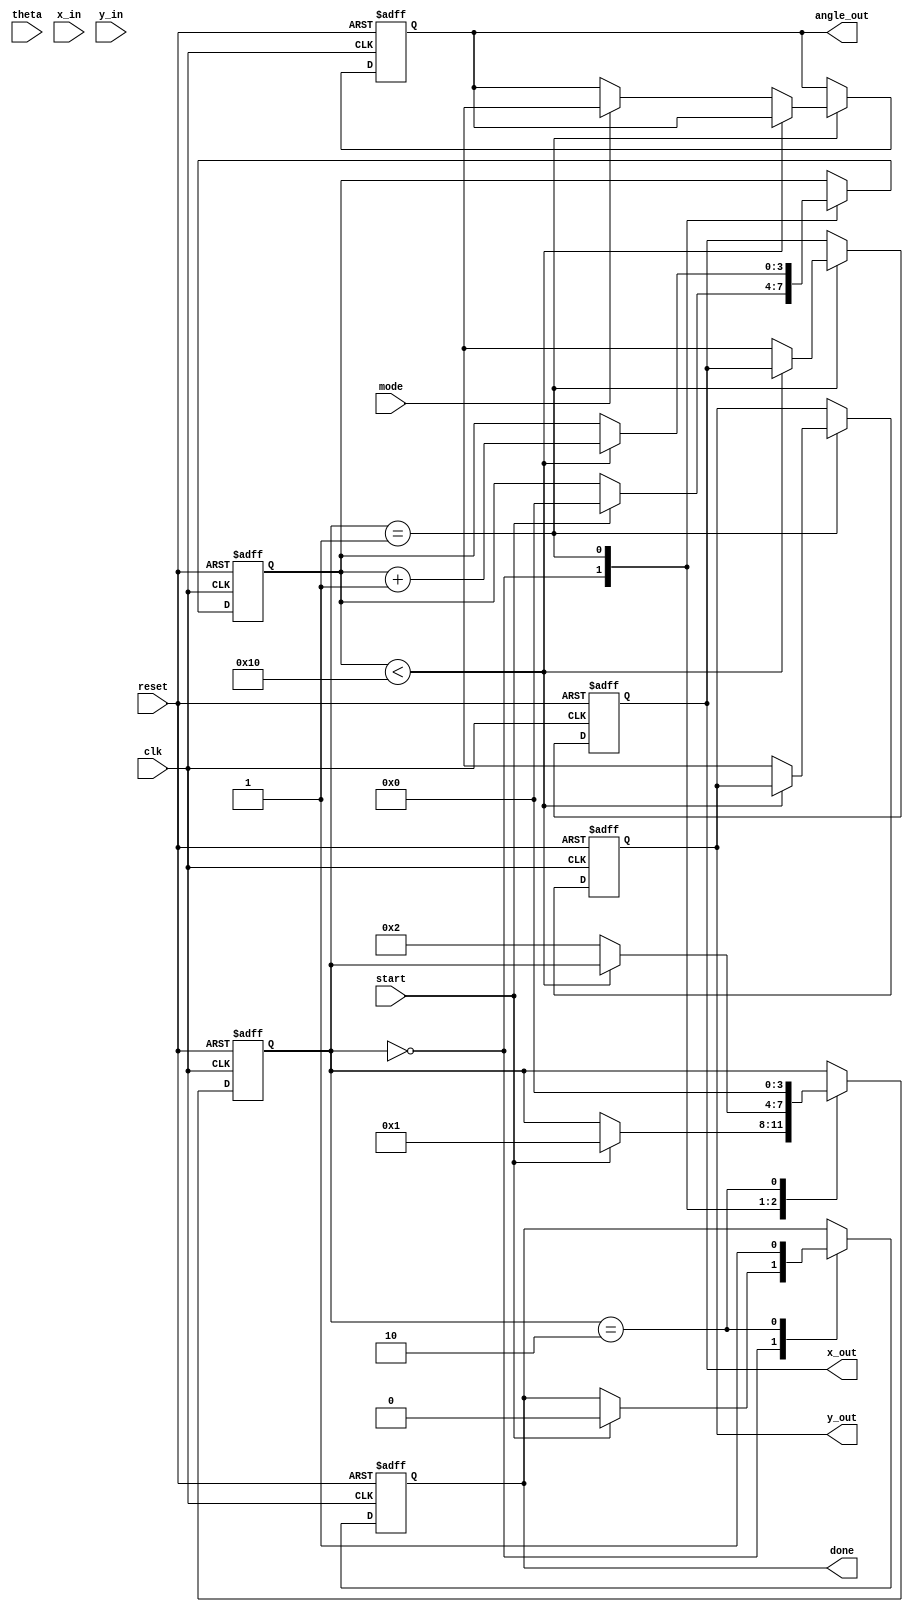
module modified_cordic (
    input wire clk,
    input wire reset,
    input wire start,
    input wire [15:0] theta, // Input angle in fixed-point format
    input wire [15:0] x_in,  // Initial X vector
    input wire [15:0] y_in,  // Initial Y vector
    input wire mode,         // 0 for rotation, 1 for vectoring
    output reg [15:0] x_out, // Output X value
    output reg [15:0] y_out, // Output Y value
    output reg [15:0] angle_out, // Output angle (for vectoring mode)
    output reg done          // Indicates completion
);

    // CORDIC parameters
    parameter NUM_ITERATIONS = 16;
    reg [15:0] x [0:NUM_ITERATIONS-1];
    reg [15:0] y [0:NUM_ITERATIONS-1];
    reg [15:0] z [0:NUM_ITERATIONS-1];
    reg [15:0] angle_table [0:NUM_ITERATIONS-1]; // Pre-computed arctangent values
    reg [3:0] state;
    reg [3:0] iteration;

    // Initialize angle lookup table (arctan(2^-i) values)
    initial begin
        angle_table[0] = 16'h0000; // atan(1) = 0
        angle_table[1] = 16'h3C90; // atan(0.5) = 26.565 degrees
        angle_table[2] = 16'h3A2D; // atan(0.25) = 14.036 degrees
        angle_table[3] = 16'h38E3; // atan(0.125) = 7.125 degrees
        // Add more values as needed...
    end

    // State machine for CORDIC operation
    always @(posedge clk or posedge reset) begin
        if (reset) begin
            state <= 0;
            iteration <= 0;
            done <= 0;
            x_out <= 0;
            y_out <= 0;
            angle_out <= 0;
        end else begin
            case (state)
                0: begin // Idle state
                    if (start) begin
                        x[0] <= x_in;
                        y[0] <= y_in;
                        z[0] <= theta;
                        iteration <= 0;
                        state <= 1;
                        done <= 0;
                    end
                end
                1: begin // Iteration state
                    if (iteration < NUM_ITERATIONS) begin
                        if (z[iteration] < 0) begin
                            x[iteration + 1] <= x[iteration] + (y[iteration] >> iteration);
                            y[iteration + 1] <= y[iteration] - (x[iteration] >> iteration);
                            z[iteration + 1] <= z[iteration] + angle_table[iteration];
                        end else begin
                            x[iteration + 1] <= x[iteration] - (y[iteration] >> iteration);
                            y[iteration + 1] <= y[iteration] + (x[iteration] >> iteration);
                            z[iteration + 1] <= z[iteration] - angle_table[iteration];
                        end
                        iteration <= iteration + 1;
                    end else begin
                        x_out <= x[NUM_ITERATIONS];
                        y_out <= y[NUM_ITERATIONS];
                        if (mode) begin
                            angle_out <= z[NUM_ITERATIONS];
                        end
                        state <= 2; // Move to done state
                    end
                end
                2: begin // Done state
                    done <= 1;
                    state <= 0; // Go back to idle
                end
            endcase
        end
    end

endmodule